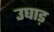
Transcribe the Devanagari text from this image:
उघाड़